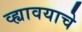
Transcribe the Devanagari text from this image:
व्ह्यावयाचे